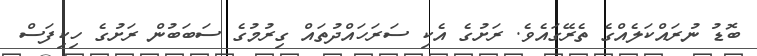
ބޮޑު ނުރައްކަލެއްގެ ތެރޭގައެވެ. ރަށުގެ އެކި ސަރަހައްދުތައް ގިރުމުގެ ސަބަބުން ރަށުގެ ހިކިފަސް